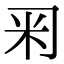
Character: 𥸥